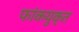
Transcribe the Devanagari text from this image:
फांकयुक्त